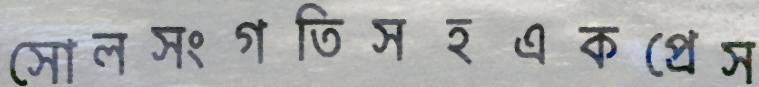
সোলসংগতিসহএকপ্রেস